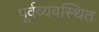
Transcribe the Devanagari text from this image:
पूर्वव्यवस्थित